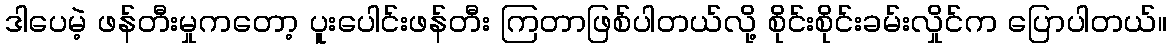
ဒါပေမဲ့ ဖန်တီးမှုကတော့ ပူးပေါင်းဖန်တီး ကြတာဖြစ်ပါတယ်လို့ စိုင်းစိုင်းခမ်းလှိုင်က ပြောပါတယ်။